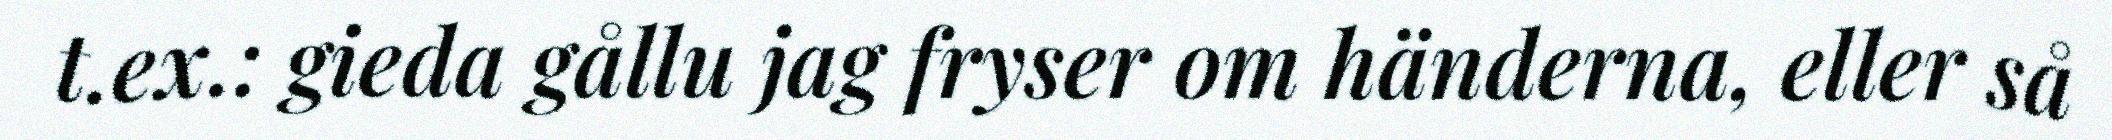
t.ex.: gieda gållu jag fryser om händerna, eller så